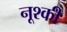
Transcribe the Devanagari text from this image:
नूश्की